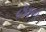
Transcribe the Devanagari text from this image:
दरीतूनच